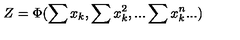
Z = \Phi ( \sum x _ { k } , \sum x _ { k } ^ { 2 } , . . . \sum x _ { k } ^ { n } . . . )